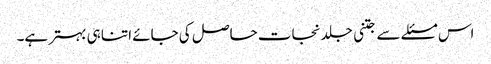
اس مسئلے سے جتنی جلد نجات حاصل کی جائے اتنا ہی بہتر ہے۔